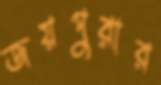
জয়পুরার